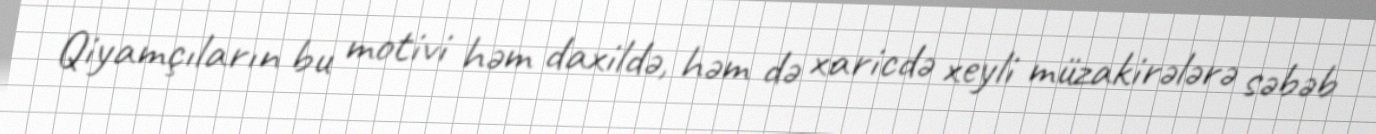
Qiyamçıların bu motivi həm daxildə, həm də xaricdə xeyli müzakirələrə səbəb